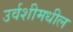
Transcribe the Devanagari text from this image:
उर्वशीमधील